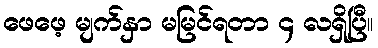
ဖေဖေ့ မျက်နှာ မမြင်ရတာ ၄ လရှိပြီ။